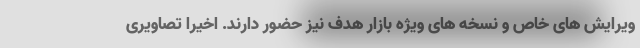
ویرایش های خاص و نسخه های ویژه بازار هدف نیز حضور دارند. اخیرا تصاویری